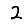
Digit: 2